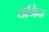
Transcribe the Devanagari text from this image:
यमिन